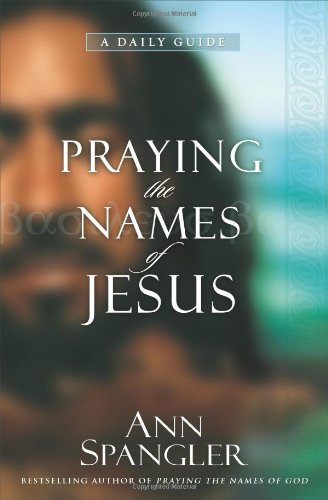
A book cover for Praying the Names of Jesus: A Daily Guide; Ann Spangler; Christian Books & Bibles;